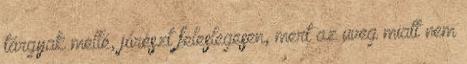
tárgyak mellé, jórészt feleslegesen, mert az üveg miatt nem